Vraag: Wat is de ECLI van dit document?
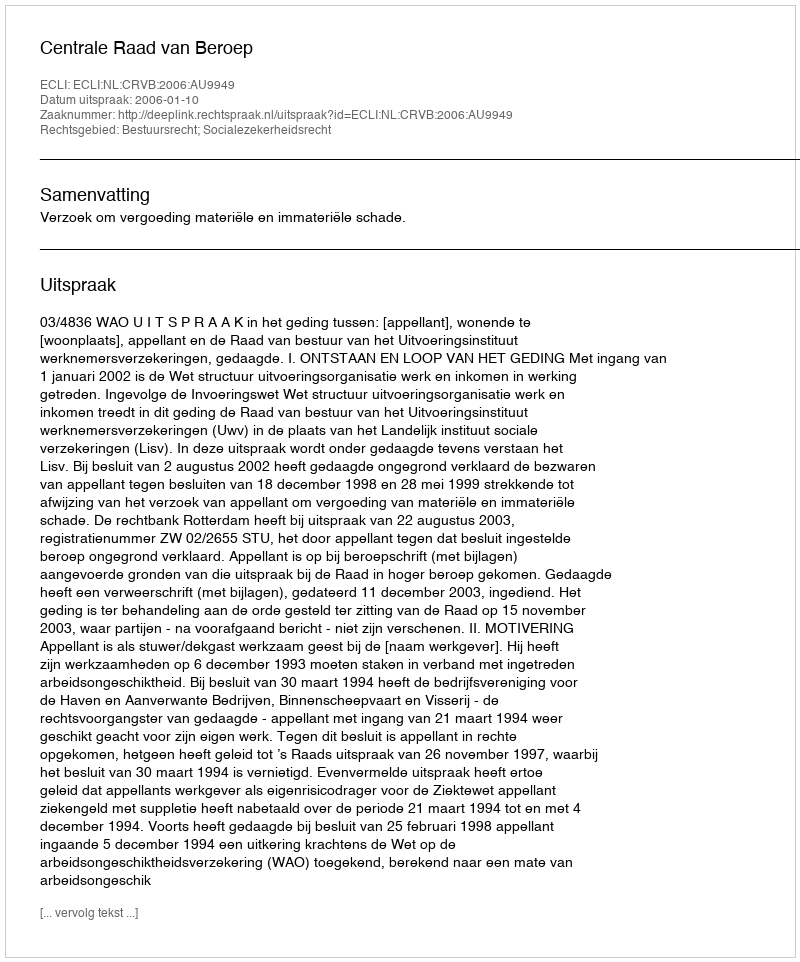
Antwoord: ECLI:NL:CRVB:2006:AU9949